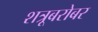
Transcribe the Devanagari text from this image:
शत्रूबरोबर